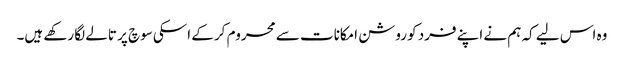
وہ اس لیے کہ ہم نے اپنے فرد کو روشن امکانات سے محروم کر کے اسکی سوچ پر تالے لگا رکھے ہیں۔